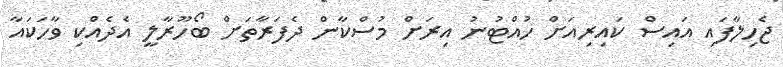
ޖެހިލާފައި އައިސް ކައިރިއަށް ހުއްޓުނު އިރަށް މުސްކާން ދެފަރާތަށް ބޯހޫރާލީ އެދެއްކި ވާހަކައާ